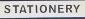
stataionery